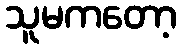
သူမကတော့